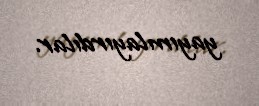
yayımlayırdılar.